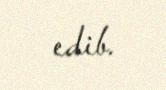
edib.